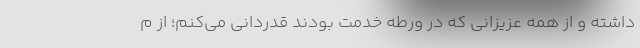
داشته و از همه عزیزانی که در ورطه خدمت بودند قدردانی می‌کنم؛ از م